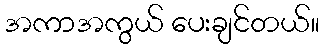
အကာအကွယ် ပေးချင်တယ်။